Document type: Emphyteutic lease
Year: 1276
Scribe: Pere de Roca
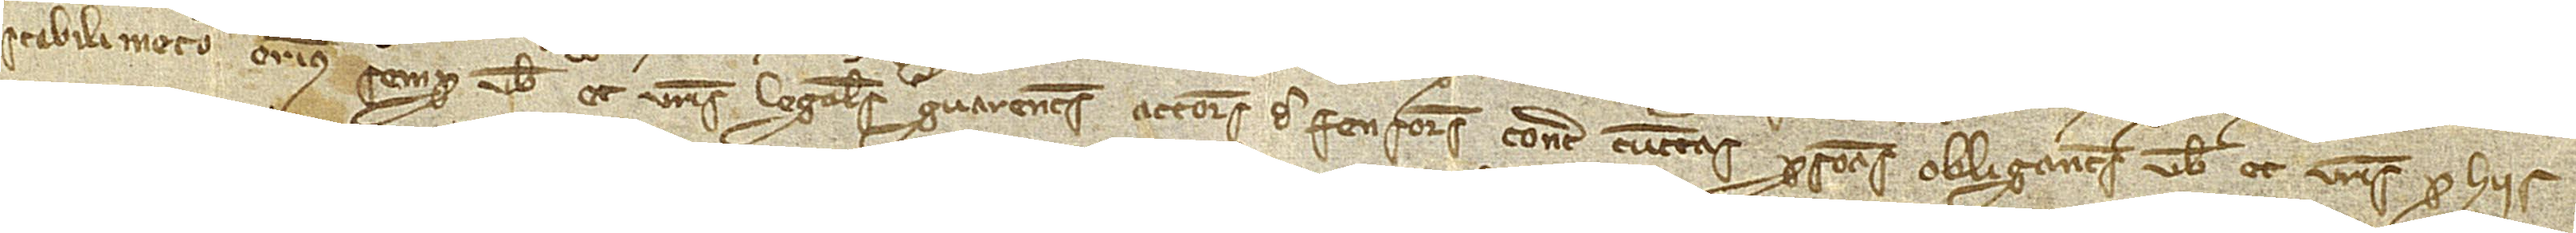
stabilime(n)to erimus semper vobis et vestris legales guarentes, actores, defensores contra cunctas personas. Obligantes vobis et vestris pro hiis